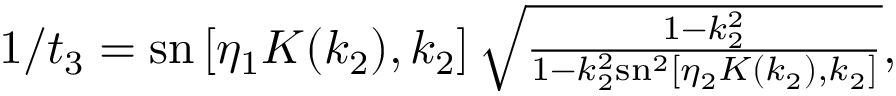
\begin{array} { r } { 1 / t _ { 3 } = \mathrm { s n } \left[ \eta _ { 1 } K ( k _ { 2 } ) , k _ { 2 } \right] \sqrt { \frac { 1 - k _ { 2 } ^ { 2 } } { 1 - k _ { 2 } ^ { 2 } \mathrm { s n } ^ { 2 } \left[ \eta _ { 2 } K ( k _ { 2 } ) , k _ { 2 } \right] } } , } \end{array}